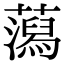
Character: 𧂙